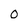
Character: 0